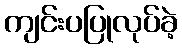
ကျင်းပပြုလုပ်ခဲ့